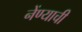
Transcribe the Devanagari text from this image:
नेंण्याची